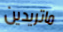
ماتريدين